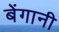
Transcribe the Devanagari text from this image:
बेंगानी